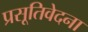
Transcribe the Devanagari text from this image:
प्रसूतिवेदना